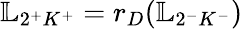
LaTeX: \mathbb{L}_{2^{+}K^{+}}=r_{D}(\mathbb{L}_{2^{-}K^{-}})